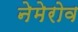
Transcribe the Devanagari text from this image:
नेमेरोव